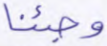
وجئنا